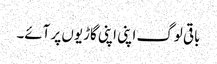
باقی لوگ اپنی اپنی گاڑیوں پر آئے۔